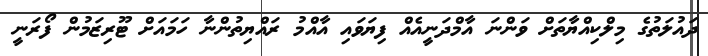
ދައުލަތުގެ މިލްކިއްޔާތަށް ވަންނަ އާމްދަނީއެއް ފިޔަވައި އާއްމު ރައްޔިތުންނާ ހަމައަށް ޓޫރިޒަމުން ފޯރަނީ